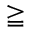
\geqq